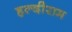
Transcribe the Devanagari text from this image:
हल्दीराम